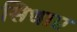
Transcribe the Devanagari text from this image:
सिधाए